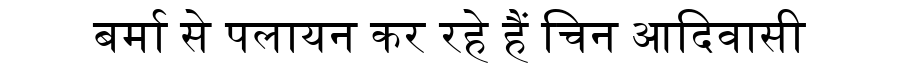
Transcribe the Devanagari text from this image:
बर्मा से पलायन कर रहे हैं चिन आदिवासी